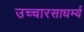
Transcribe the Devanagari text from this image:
उच्चारसाधर्म्य